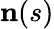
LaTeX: \mathbf{n}(s)